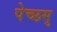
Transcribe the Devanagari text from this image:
पेच्छसु